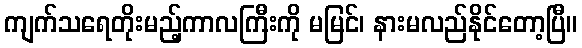
ကျက်သရေတိုးမည့်ကာလကြီးကို မမြင်၊ နားမလည်နိုင်တော့ပြီ။